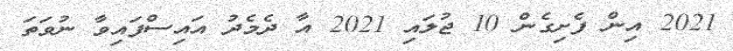
2021 އިން ފެށިގެން 10 ޖުލައި 2021 އާ ދެމެދު އައިސްފައިވާ ނުވަތަ